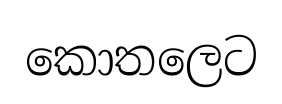
කොතලෙට